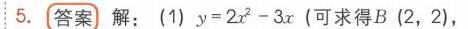
5.  \boxed{答案} 解：(1) \(y = 2x^{2}-3x\) (可求得\(B(2,2)\)，